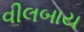
વીલબાય